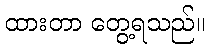
ထားတာ တွေ့ရသည်။